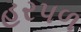
હરપળ